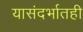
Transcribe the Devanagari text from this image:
यासंदर्भातही